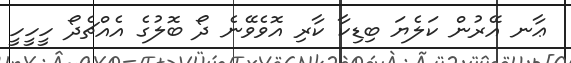
ޢާނ އޭރުން ކަލެޔަ ބިޑިކާ ކާރި އޮވެވޭނެ ދޯ ބޮލުގެ އެއްޗެދޯ ހީހީހީ